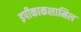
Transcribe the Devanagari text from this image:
इपीकाकशामिल